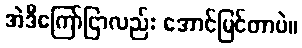
အဲဒီကြော်ငြာလည်း အောင်မြင်တာပဲ။